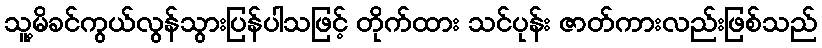
သူ့မိခင်ကွယ်လွန်သွားပြန်ပါသဖြင့် တိုက်ထား သင်ပုန်း ဇာတ်ကားလည်းဖြစ်သည်